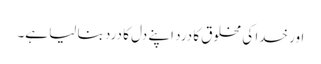
اور خدا کی مخلوق کا درد اپنے دل کا درد بنا لیا ہے۔